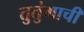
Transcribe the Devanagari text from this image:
तुतुंगाची